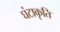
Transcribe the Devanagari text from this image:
घंटाकृति